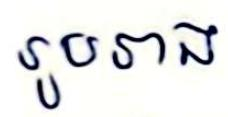
រូបរាង